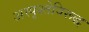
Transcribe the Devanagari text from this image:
अस्पृश्तेविरूद्ध